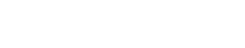
ပုလင်းဆို ပုလင်းပဲ ဖြစ်မှာပါ။